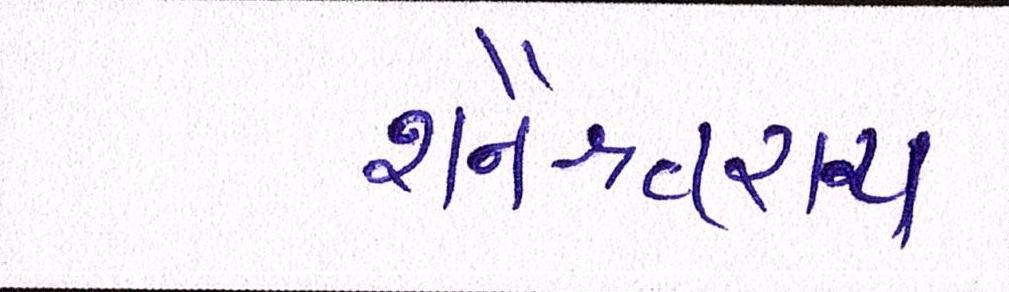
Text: શનૈશ્ચરાય